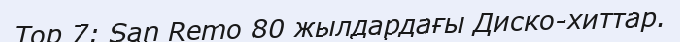
Top 7: San Remo 80 жылдардағы Диско-хиттар.